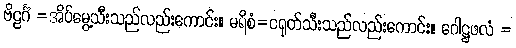
ဗိဠင်္ဂံ =အိပ်မွေ့သီးသည်လည်းကောင်း။ မရိစံ=ငရုတ်သီးသည်လည်းကောင်း။ ဂေါဋ္ဌဖလံ =